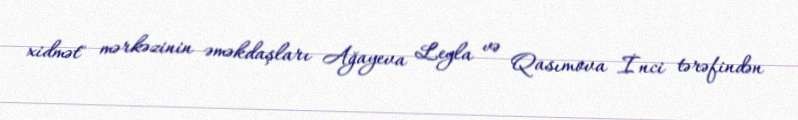
xidmət" mərkəzinin əməkdaşları Ağayeva Leyla və Qasımova İnci tərəfindən